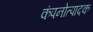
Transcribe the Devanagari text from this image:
कंपनोत्पादक